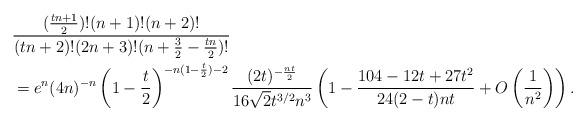
LaTeX: \begin{align*}&\frac{(\frac{tn+1}{2})!(n+1)!(n+2)!}{(tn+2)!(2n+3)!(n+\frac{3}{2}-\frac{tn}{2})!}\\&=e^n(4n)^{-n}\left(1-\frac{t}{2}\right)^{-n(1-\frac{t}{2})-2}\frac{(2t)^{-\frac{nt}{2}}}{16\sqrt{2}t^{3/2}n^3}\left(1-\frac{104-12t+27t^2}{24(2-t)nt}+O\left(\frac{1}{n^2}\right)\right).\end{align*}